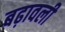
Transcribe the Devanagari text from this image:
बढ़ावली